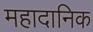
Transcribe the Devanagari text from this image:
महादानिक